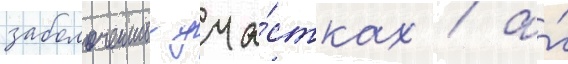
заболоченных уча́стках / а́